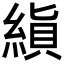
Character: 𬗨